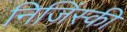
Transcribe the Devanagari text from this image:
निजिंस्की